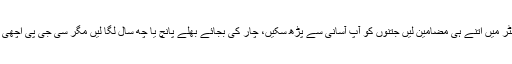
ہر سمسٹر میں اتنے ہی مضامین لیں جتنوں کو آپ آسانی سے پڑھ سکیں، چار کی بجائے بھلے پانچ یا چھ سال لگا لیں مگر سی جی پی اچھی رکھیں۔